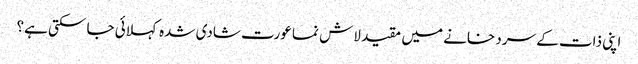
اپنی ذات کے سرد خانے میں مقید لاش نما عورت شادی شدہ کہلائی جا سکتی ہے؟